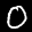
Label: 0